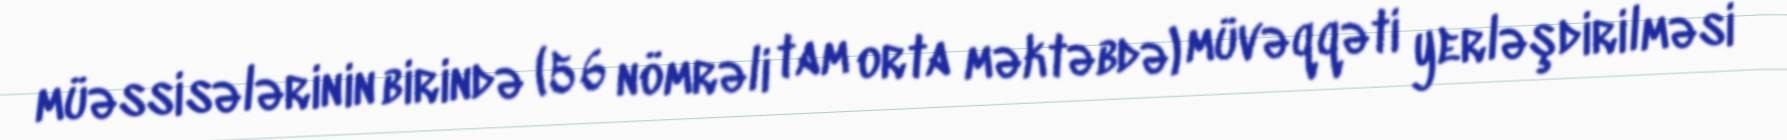
müəssisələrinin birində (56 nömrəli tam orta məktəbdə) müvəqqəti yerləşdirilməsi